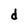
Character: d